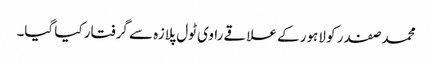
محمد صفدر کو لاہور کے علاقے راوی ٹول پلازہ سے گرفتار کیا گیا۔